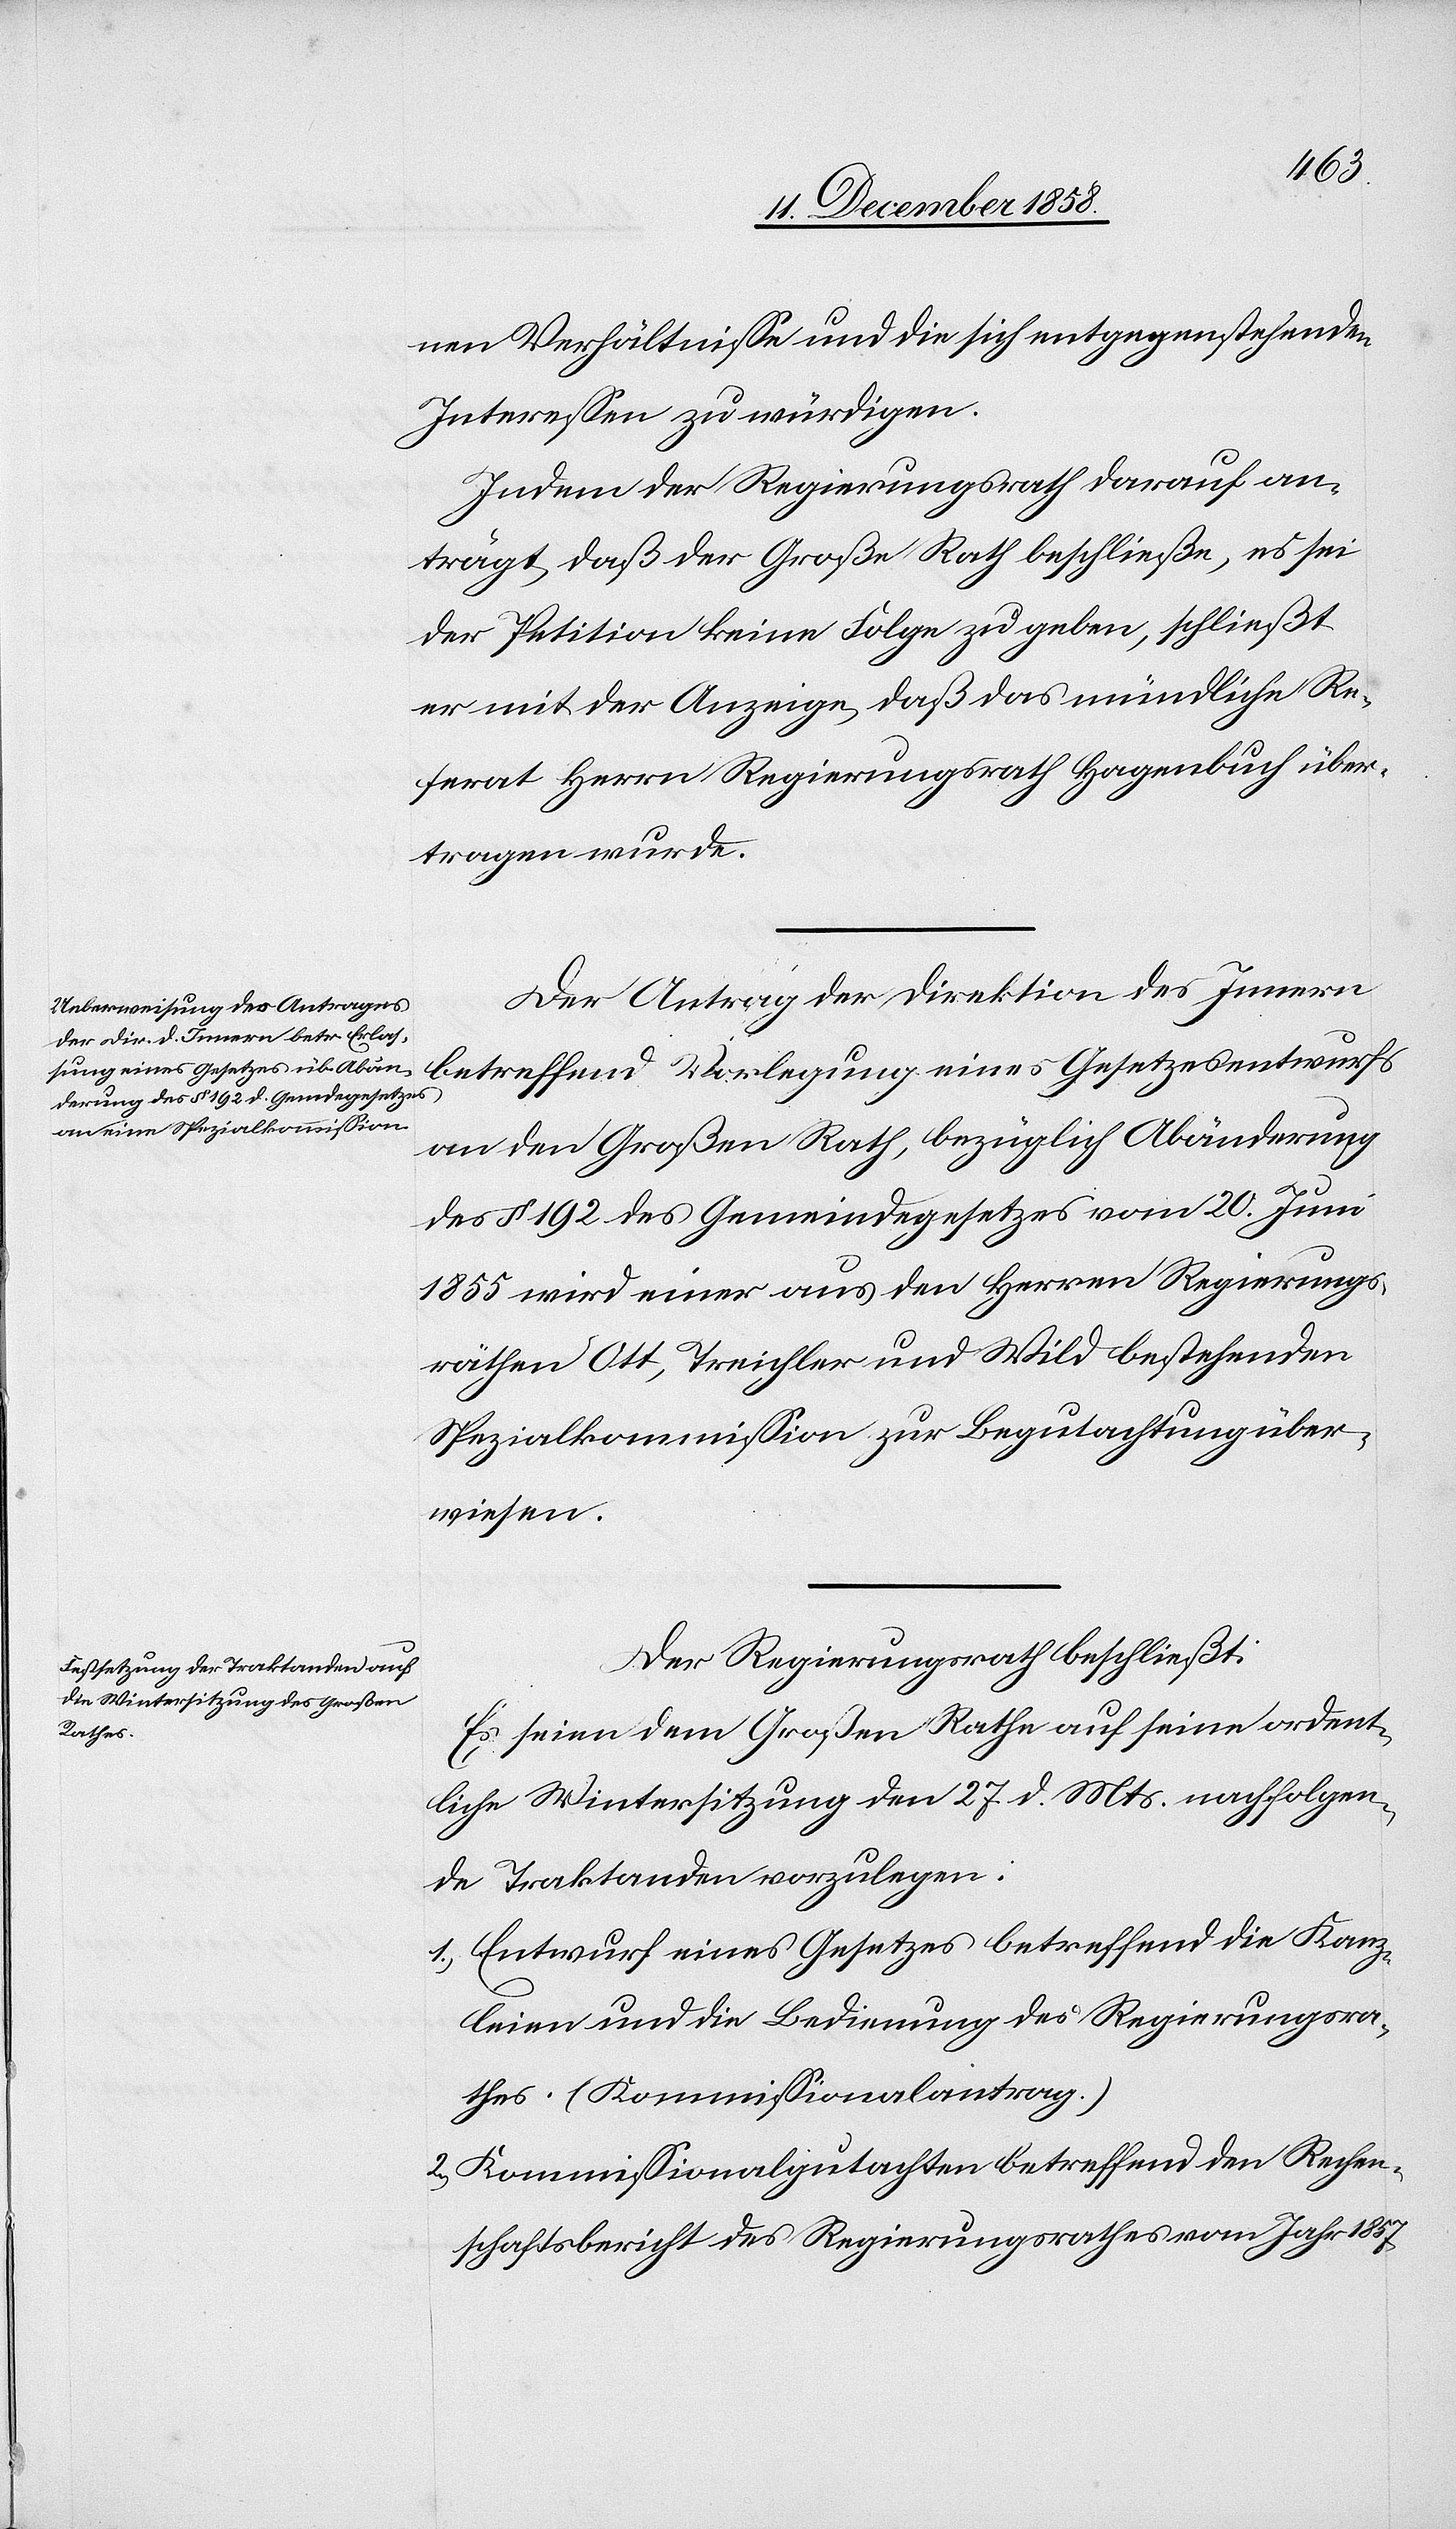
nen Verhältnisse und die sich entgegenstehenden
Interessen zu würdigen.
Indem der Regierungsrath darauf an¬
trägt, daß der Große Rath beschließe, es sei
der Petition keine Folge zu geben, schließt
er mit der Anzeige, daß das mündliche Re¬
ferat Herrn Regierungsrath Hagenbuch über¬
tragen wurde.
Der Antrag der Direktion des Innern
betreffend Vorlegung eines Gesetzesentwurfs
an den Großen Rath, bezüglich Abänderung
des § 192 des Gemeindegesetzes vom 20. Juni
1855 wird einer aus den Herren Regierungs¬
räthen Ott, Treichler und Wild bestehenden
Spezialkommission zur Begutachtung über¬
wiesen.
Der Regierungsrath beschließt:
Es seien dem Großen Rathe auf seine ordent¬
liche Wintersitzung den 27. d. Mts. nachfolgen¬
de Traktanden vorzulegen:
Entwurf eines Gesetzes betreffend die Kanz¬
leien und die Bedienung des Regierungsra¬
thes. (Kommissionalantrag.)
Kommissionalgutachten betreffend den Rechen¬
schaftsbericht des Regierungsrathes vom Jahr 1857